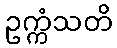
ဥက္ကံသတိ